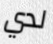
لدي